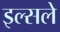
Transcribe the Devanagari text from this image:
इल्सले